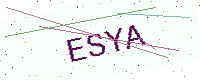
Text: ESYA